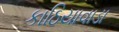
કાઠિયાવાડા